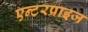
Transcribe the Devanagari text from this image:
एन्टरप्राइज